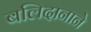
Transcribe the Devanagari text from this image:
बलिदानाने